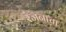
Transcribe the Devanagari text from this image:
रंजनाचा